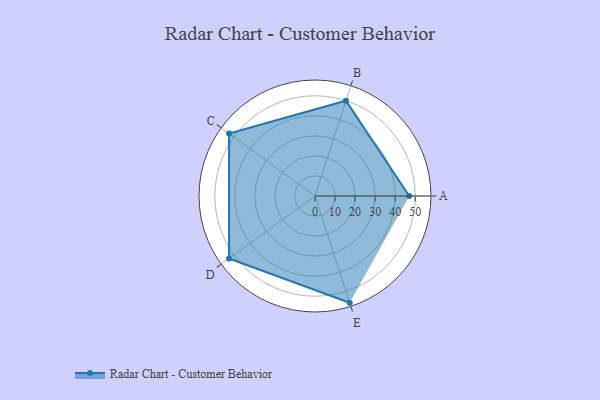
{"axis": {"x": "Skill", "y": "Score"}, "legend": ["Profile"], "data": [{"x": "A", "y": 47.0, "type": "Profile"}, {"x": "B", "y": 50.0, "type": "Profile"}, {"x": "C", "y": 53.0, "type": "Profile"}, {"x": "D", "y": 53.0, "type": "Profile"}, {"x": "E", "y": 56.0, "type": "Profile"}]}